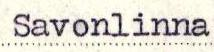
Savonlinna